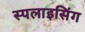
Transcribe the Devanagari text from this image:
स्पलाइसिंग